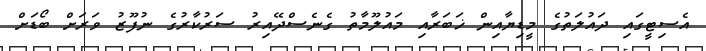
އެސިޓީގައި ދައުލަތުގެ މީޑިޔާއިން ޚަބަރާއި މައުލޫމާތު ގެނެސްދޭއިރު ސަރުކާރުގެ ނުފޫޒު ވަރަށް ބޯޑަށް